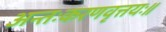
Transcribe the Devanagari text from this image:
अन्तःकरणवृत्तयः॥